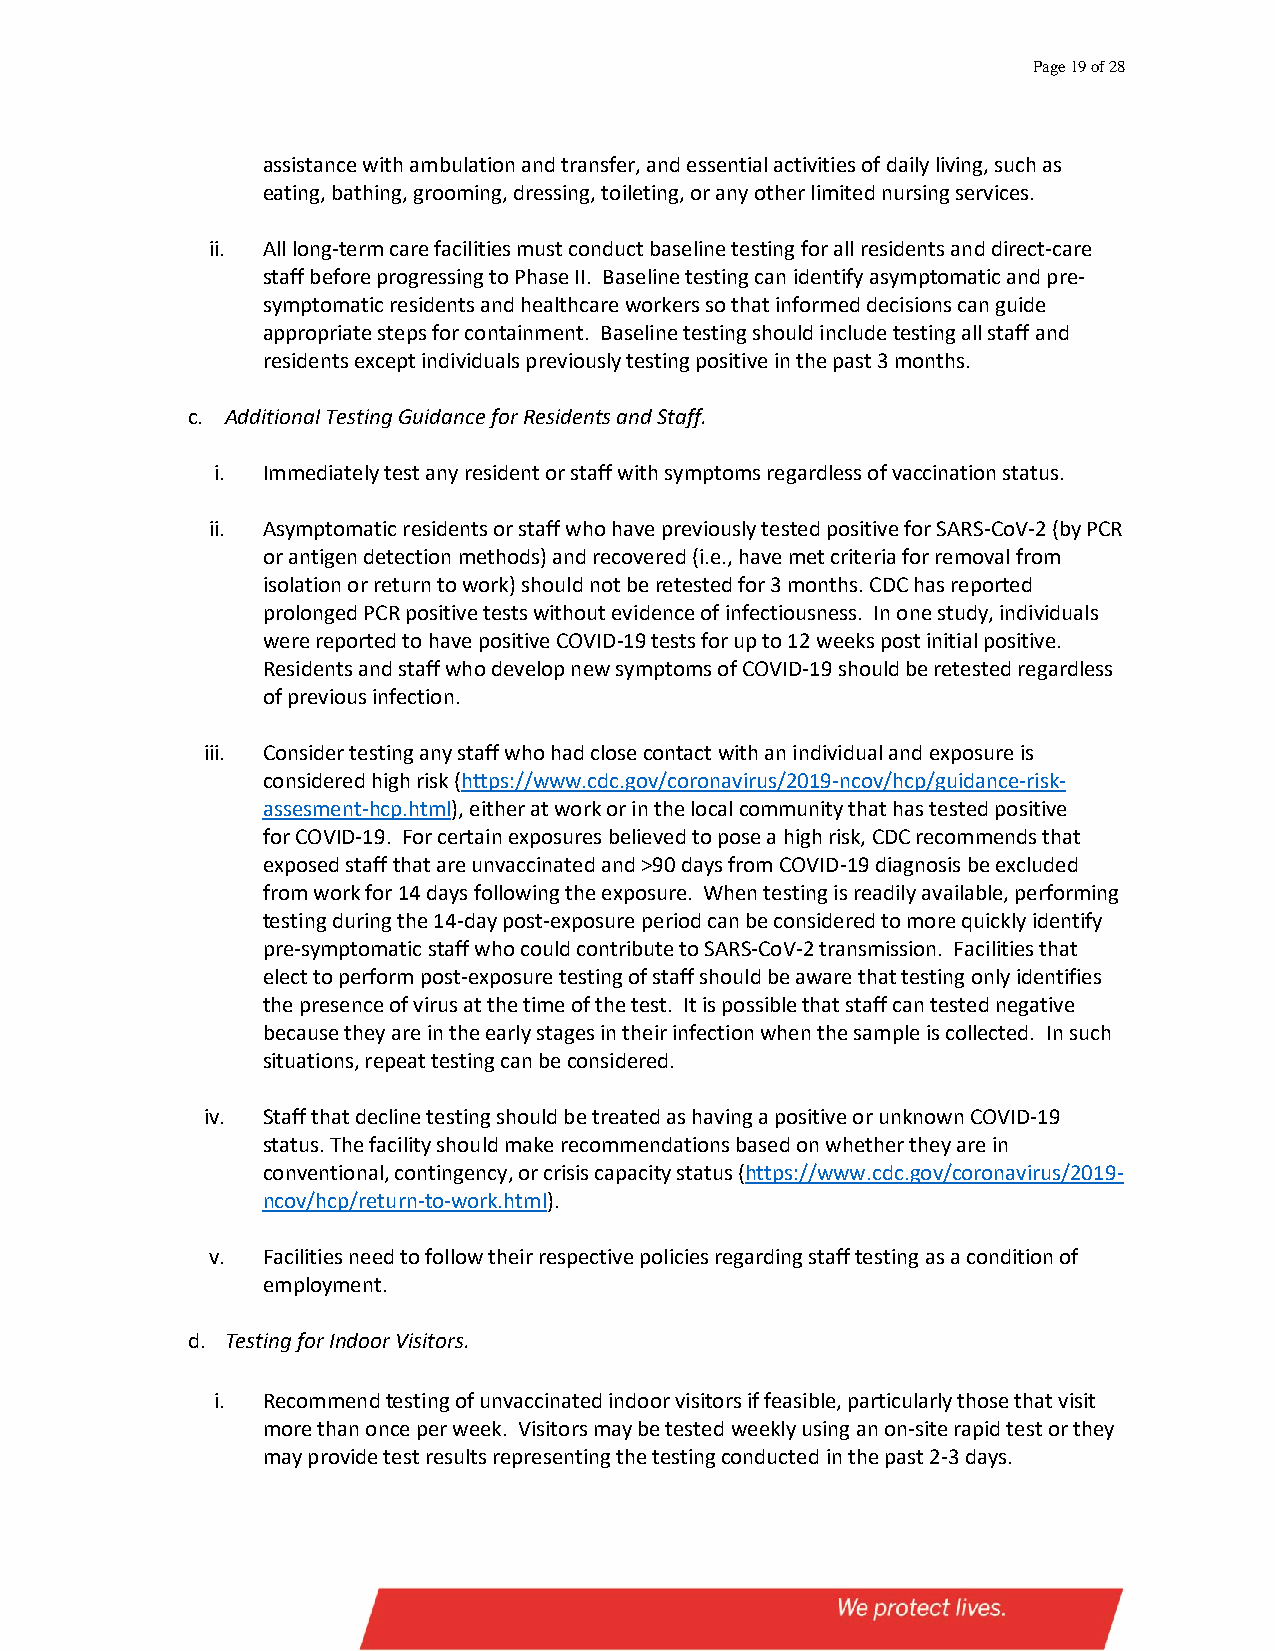
Page 19 of 28
 assistance with ambulation and transfer, and essential activities of daily living, such as
 eating, bathing, grooming, dressing, toileting, or any other limited nursing services.
 ii. All long-term care facilities must conduct baseline testing for all residents and direct-care
 staff before progressing to Phase II. Baseline testing can identify asymptomatic and pre-
 symptomatic residents and healthcare workers so that informed decisions can guide
 appropriate steps for containment. Baseline testing should include testing all staff and
 residents except individuals previously testing positive in the past 3 months.
 c. Additional Testing Guidance for Residents and Staff.
 i. Immediately test any resident or staff with symptoms regardless of vaccination status.
 ii. Asymptomatic residents or staff who have previously tested positive for SARS-CoV-2 (by PCR
 or antigen detection methods) and recovered (i.e., have met criteria for removal from
 isolation or return to work) should not be retested for 3 months. CDC has reported
 prolonged PCR positive tests without evidence of infectiousness. In one study, individuals
 were reported to have positive COVID-19 tests for up to 12 weeks post initial positive.
 Residents and staff who develop new symptoms of COVID-19 should be retested regardless
 of previous infection.
 iii. Consider testing any staff who had close contact with an individual and exposure is
 considered high risk (https://www.cdc.gov/coronavirus/2019-ncov/hcp/guidance-risk-
 assesment-hcp.html), either at work or in the local community that has tested positive
 for COVID-19. For certain exposures believed to pose a high risk, CDC recommends that
 exposed staff that are unvaccinated and >90 days from COVID-19 diagnosis be excluded
 from work for 14 days following the exposure. When testing is readily available, performing
 testing during the 14-day post-exposure period can be considered to more quickly identify
 pre-symptomatic staff who could contribute to SARS-CoV-2 transmission. Facilities that
 elect to perform post-exposure testing of staff should be aware that testing only identifies
 the presence of virus at the time of the test. It is possible that staff can tested negative
 because they are in the early stages in their infection when the sample is collected. In such
 situations, repeat testing can be considered.
 iv. Staff that decline testing should be treated as having a positive or unknown COVID-19
 status. The facility should make recommendations based on whether they are in
 conventional, contingency, or crisis capacity status (https://www.cdc.gov/coronavirus/2019-
 ncov/hcp/return-to-work.html).
 v. Facilities need to follow their respective policies regarding staff testing as a condition of
 employment.
 d. Testing for Indoor Visitors.
 i. Recommend testing of unvaccinated indoor visitors if feasible, particularly those that visit
 more than once per week. Visitors may be tested weekly using an on-site rapid test or they
 may provide test results representing the testing conducted in the past 2-3 days.